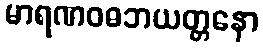
မာရဏဝဓဘယတ္တနော